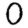
Digit: 0